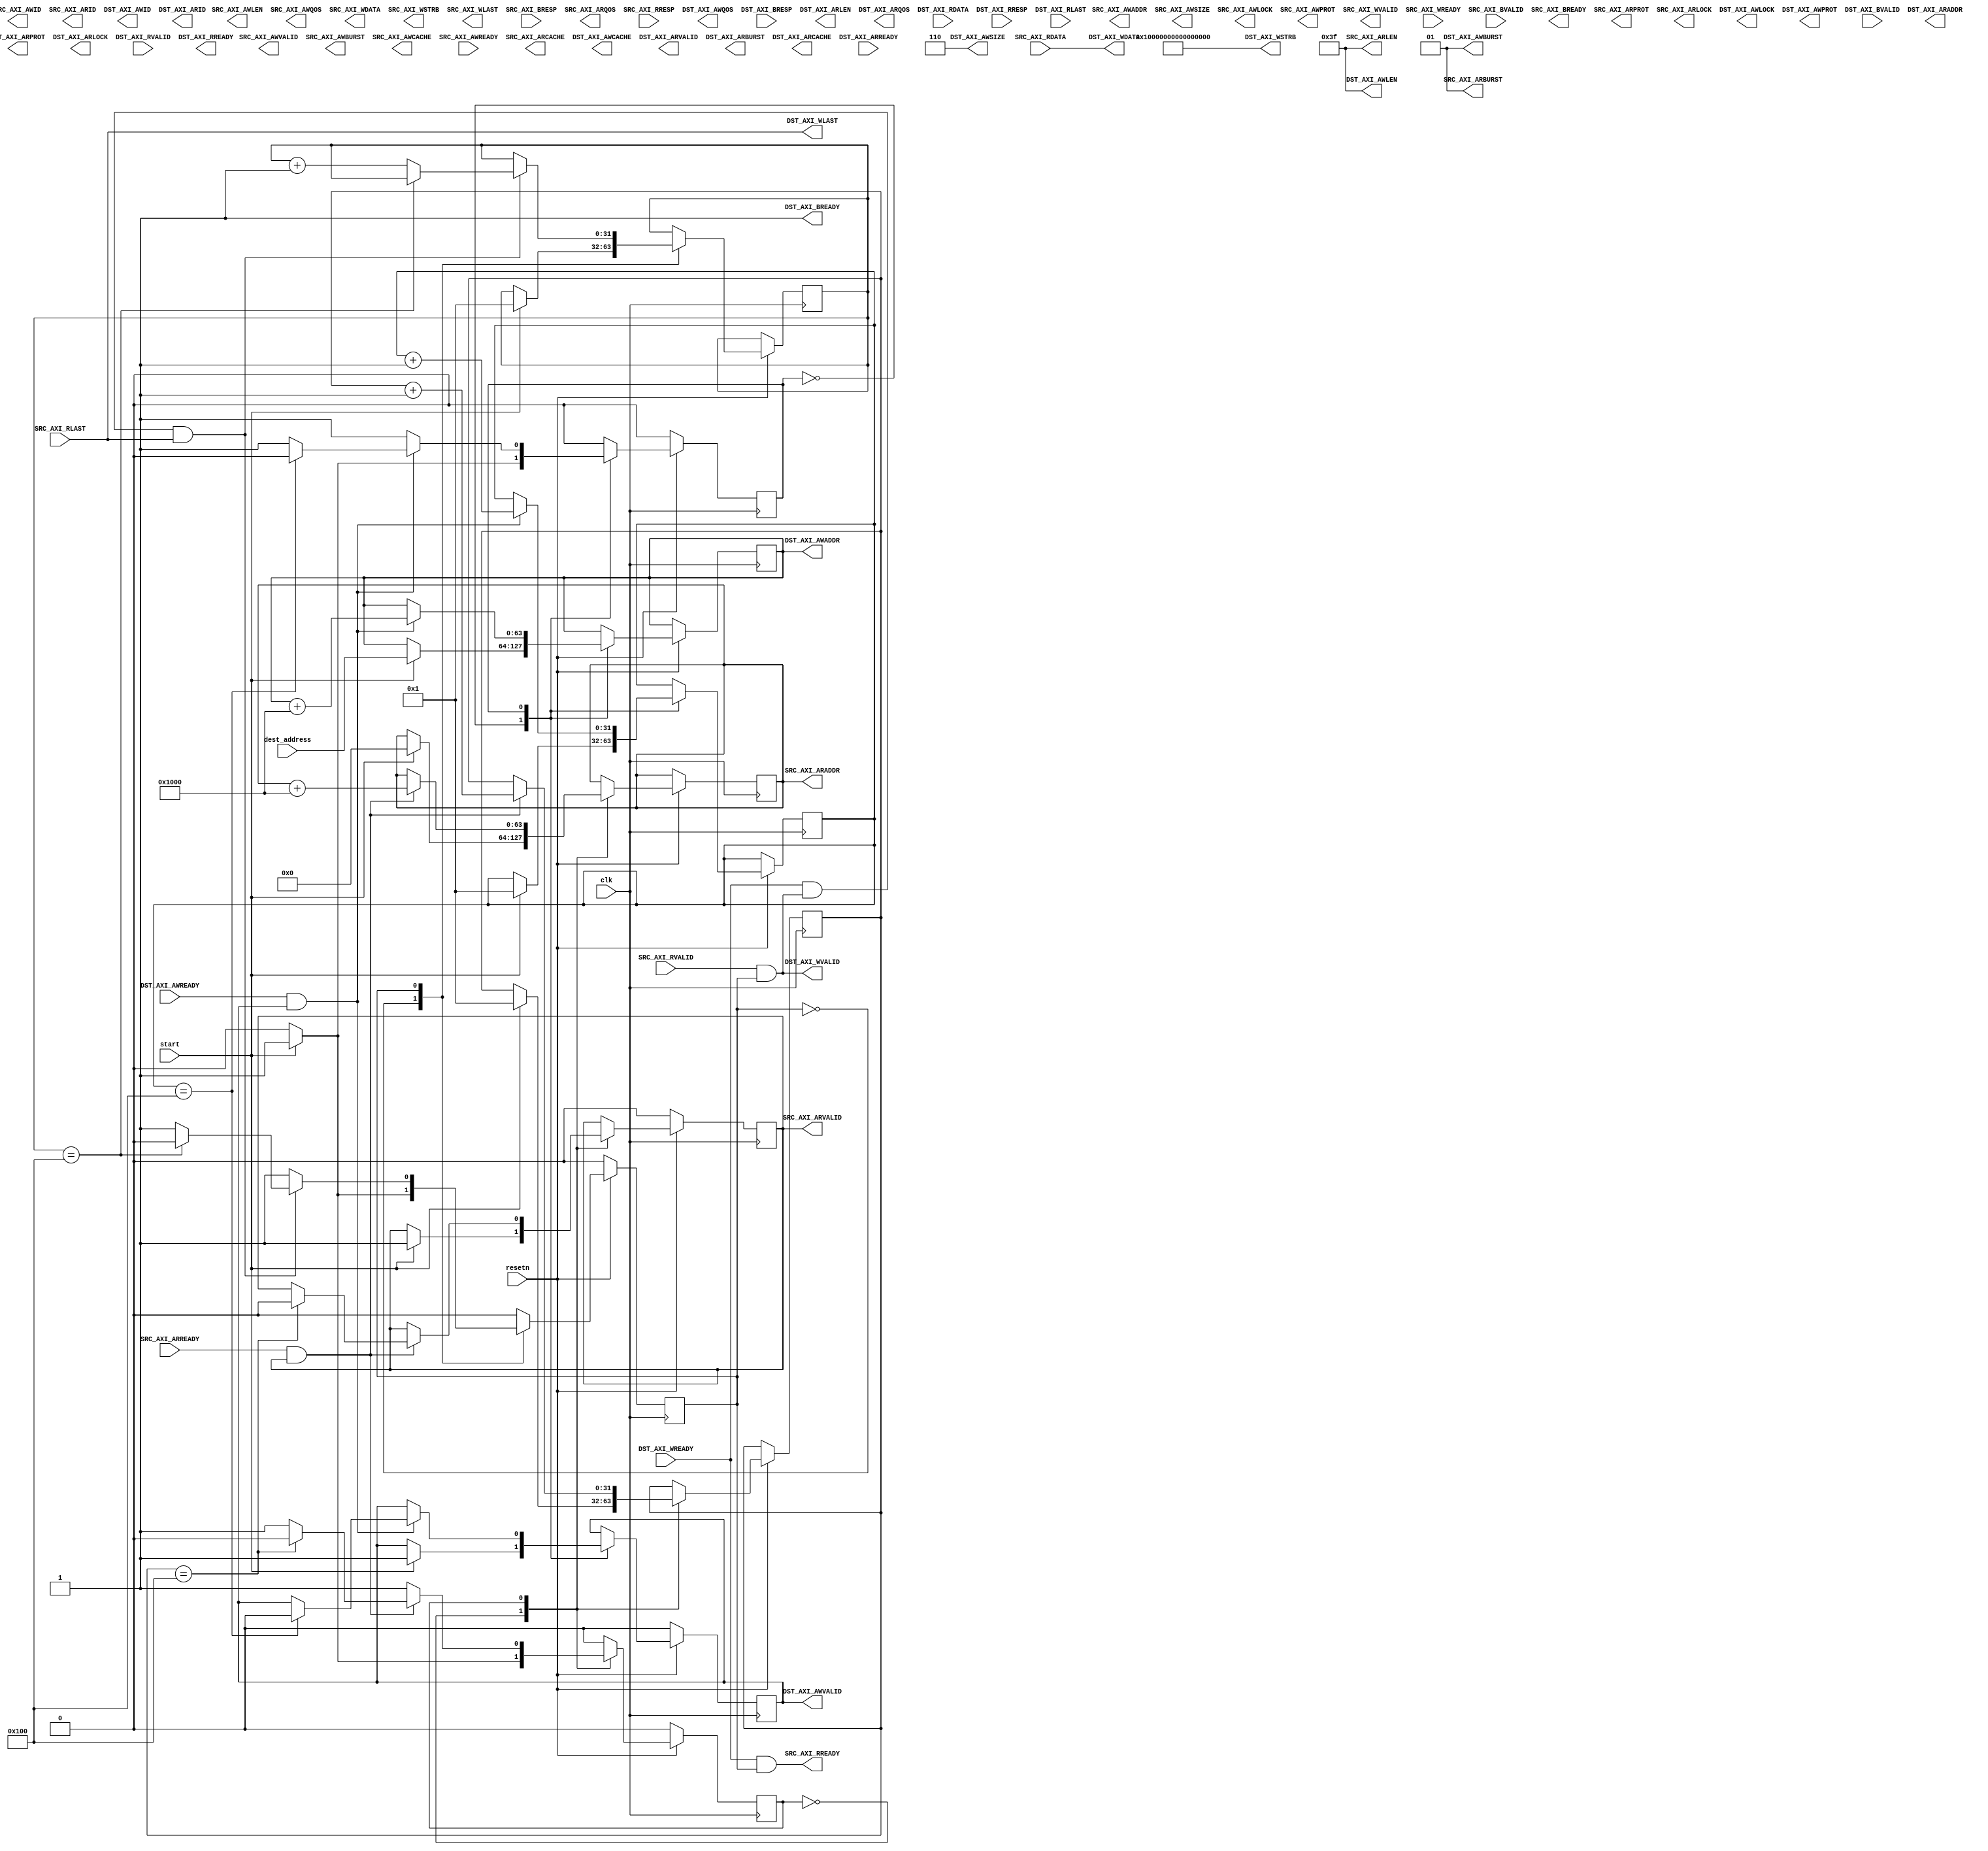
//====================================================================================
//                        ------->  Revision History  <------
//====================================================================================
//
//   Date     Who   Ver  Changes
//====================================================================================
// 22-Mar-24  DWW     1  Initial creation
//====================================================================================

/*
    This moves a block of data from a source AXI-MM interface to a destination
    AXI-MM interface.

    Data widths of the two interfaces must match.
*/


module data_mover #
(
    parameter DW                = 512,
    parameter AW                = 64,
    parameter BYTE_COUNT        = 1024 * 1024,
    parameter BURST_SIZE        = 4096,
    parameter[63:0] SRC_ADDRESS = 64'h0000_0000
)
(
    input       clk, resetn,
    input[63:0] dest_address,
    input       start,

    //=================  This is the source AXI4-master interface  ================

    // "Specify write address"              -- Master --    -- Slave --
    output     [AW-1:0]                     SRC_AXI_AWADDR,
    output                                  SRC_AXI_AWVALID,
    output     [7:0]                        SRC_AXI_AWLEN,
    output     [2:0]                        SRC_AXI_AWSIZE,
    output     [3:0]                        SRC_AXI_AWID,
    output     [1:0]                        SRC_AXI_AWBURST,
    output                                  SRC_AXI_AWLOCK,
    output     [3:0]                        SRC_AXI_AWCACHE,
    output     [3:0]                        SRC_AXI_AWQOS,
    output     [2:0]                        SRC_AXI_AWPROT,
    input                                                   SRC_AXI_AWREADY,

    // "Write Data"                         -- Master --    -- Slave --
    output     [DW-1:0]                     SRC_AXI_WDATA,
    output     [(DW/8)-1:0]                 SRC_AXI_WSTRB,
    output                                  SRC_AXI_WVALID,
    output                                  SRC_AXI_WLAST,
    input                                                   SRC_AXI_WREADY,

    // "Send Write Response"                -- Master --    -- Slave --
    input[1:0]                                              SRC_AXI_BRESP,
    input                                                   SRC_AXI_BVALID,
    output                                  SRC_AXI_BREADY,

    // "Specify read address"               -- Master --    -- Slave --
    output reg [AW-1:0]                     SRC_AXI_ARADDR,
    output reg                              SRC_AXI_ARVALID,
    output     [2:0]                        SRC_AXI_ARPROT,
    output                                  SRC_AXI_ARLOCK,
    output     [3:0]                        SRC_AXI_ARID,
    output     [7:0]                        SRC_AXI_ARLEN,
    output     [1:0]                        SRC_AXI_ARBURST,
    output     [3:0]                        SRC_AXI_ARCACHE,
    output     [3:0]                        SRC_AXI_ARQOS,
    input                                                   SRC_AXI_ARREADY,

    // "Read data back to master"           -- Master --    -- Slave --
    input[DW-1:0]                                           SRC_AXI_RDATA,
    input                                                   SRC_AXI_RVALID,
    input[1:0]                                              SRC_AXI_RRESP,
    input                                                   SRC_AXI_RLAST,
    output                                  SRC_AXI_RREADY,
    //==========================================================================


    //============= This is the destination AXI4-master interface  =============

    // "Specify write address"              -- Master --    -- Slave --
    output reg [AW-1:0]                     DST_AXI_AWADDR,
    output reg                              DST_AXI_AWVALID,
    output     [7:0]                        DST_AXI_AWLEN,
    output     [2:0]                        DST_AXI_AWSIZE,
    output     [3:0]                        DST_AXI_AWID,
    output     [1:0]                        DST_AXI_AWBURST,
    output                                  DST_AXI_AWLOCK,
    output     [3:0]                        DST_AXI_AWCACHE,
    output     [3:0]                        DST_AXI_AWQOS,
    output     [2:0]                        DST_AXI_AWPROT,
    input                                                   DST_AXI_AWREADY,

    // "Write Data"                         -- Master --    -- Slave --
    output     [DW-1:0]                     DST_AXI_WDATA,
    output     [(DW/8)-1:0]                 DST_AXI_WSTRB,
    output                                  DST_AXI_WVALID,
    output                                  DST_AXI_WLAST,
    input                                                   DST_AXI_WREADY,

    // "Send Write Response"                -- Master --    -- Slave --
    input[1:0]                                              DST_AXI_BRESP,
    input                                                   DST_AXI_BVALID,
    output                                  DST_AXI_BREADY,

    // "Specify read address"               -- Master --    -- Slave --
    output[AW-1:0]                          DST_AXI_ARADDR,
    output                                  DST_AXI_ARVALID,
    output[2:0]                             DST_AXI_ARPROT,
    output                                  DST_AXI_ARLOCK,
    output[3:0]                             DST_AXI_ARID,
    output[7:0]                             DST_AXI_ARLEN,
    output[1:0]                             DST_AXI_ARBURST,
    output[3:0]                             DST_AXI_ARCACHE,
    output[3:0]                             DST_AXI_ARQOS,
    input                                                   DST_AXI_ARREADY,

    // "Read data back to master"           -- Master --    -- Slave --
    input[DW-1:0]                                           DST_AXI_RDATA,
    input                                                   DST_AXI_RVALID,
    input[1:0]                                              DST_AXI_RRESP,
    input                                                   DST_AXI_RLAST,
    output                                  DST_AXI_RREADY
    //==========================================================================
);

// Compute the geometry of our data movement
localparam CYCLES_PER_BURST = BURST_SIZE / (DW/8);
localparam BURSTS_PER_MOVE  = BYTE_COUNT / BURST_SIZE;

// State machine states
reg arsm_state;  // AR-channel of SRC_AXI
reg awsm_state;  // AW-channel of DST_AXI
reg wsm_state;   // W_channel  of DST_AXI

// These count bursts for each of the state machines
reg[31:0] ar_count, aw_count, w_count;

// We're always ready to receive write-acknowledgements
assign DST_AXI_BREADY = 1;

//=============================================================================
// This block sends read-requests to the SRC_AXI interace
//=============================================================================
assign SRC_AXI_ARBURST = 1;
assign SRC_AXI_ARLEN   = CYCLES_PER_BURST - 1 ;
//-----------------------------------------------------------------------------
always @(posedge clk) begin
    if (resetn == 0) begin
        arsm_state      <= 0;
        SRC_AXI_ARVALID <= 0;
    end else case (arsm_state)

        0:  if (start) begin
                ar_count        <= 1;
                SRC_AXI_ARADDR  <= SRC_ADDRESS;
                SRC_AXI_ARVALID <= 1;
                arsm_state      <= 1;
            end

        1:  if (SRC_AXI_ARREADY & SRC_AXI_ARVALID) begin
                if (ar_count == BURSTS_PER_MOVE) begin
                    SRC_AXI_ARVALID <= 0;
                    arsm_state      <= 0;
                end begin
                    SRC_AXI_ARADDR  <= SRC_AXI_ARADDR + BURST_SIZE;
                    ar_count        <= ar_count + 1; 
                end
            end

    endcase
end
//============================================================================



//=============================================================================
// This block sends write-requests to the DST_AXI interace
//=============================================================================
assign DST_AXI_AWBURST = 1;
assign DST_AXI_AWLEN   = CYCLES_PER_BURST - 1 ;
assign DST_AXI_AWSIZE  = $clog2(DW/8);
//-----------------------------------------------------------------------------
always @(posedge clk) begin
    if (resetn == 0) begin
        awsm_state      <= 0;
        DST_AXI_AWVALID <= 0;
    end else case (awsm_state)

        0:  if (start) begin
                aw_count        <= 1;
                DST_AXI_AWADDR  <= dest_address;
                DST_AXI_AWVALID <= 1;
                awsm_state      <= 1;
            end

        1:  if (DST_AXI_AWREADY & DST_AXI_AWVALID) begin
                if (aw_count == BURSTS_PER_MOVE) begin
                    DST_AXI_AWVALID <= 0;
                    awsm_state      <= 0;
                end begin
                    DST_AXI_AWADDR  <= DST_AXI_AWADDR + BURST_SIZE;
                    aw_count        <= aw_count + 1; 
                end
            end

    endcase
end
//============================================================================


//============================================================================
// The W-channel of DST_AXI is fed directly from the R-channel of SRC_AXI
//============================================================================
assign DST_AXI_WDATA  = SRC_AXI_RDATA;
assign DST_AXI_WSTRB  = -1;
assign DST_AXI_WLAST  = SRC_AXI_RLAST;
assign DST_AXI_WVALID = SRC_AXI_RVALID & (wsm_state == 1);
assign SRC_AXI_RREADY = DST_AXI_WREADY & (wsm_state == 1);
//============================================================================


//============================================================================
// This keeps track of the data-bursts as they are emitted on the W-channel
// of interface DST_AXI
//============================================================================
always @(posedge clk) begin

    if (resetn == 0) begin
        wsm_state <= 0;
    end else case(wsm_state)

        0:  if (start) begin
                w_count   <= 1;
                wsm_state <= 1;
            end

        1:  if (DST_AXI_WREADY & DST_AXI_WVALID & DST_AXI_WLAST) begin
                if (w_count == BURSTS_PER_MOVE)
                    wsm_state <= 0;
                else
                    w_count   <= w_count + 1;
            end

    endcase

end
//============================================================================


endmodule